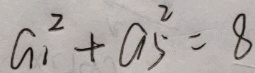
a _ { 1 } ^ { 2 } + a _ { 5 } ^ { 2 } = 8